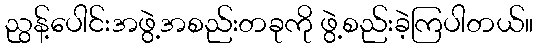
ညွန့်ပေါင်းအဖွဲ့အစည်းတခုကို ဖွဲ့စည်းခဲ့ကြပါတယ်။